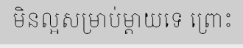
មិនល្អសម្រាប់ម្តាយទេ ព្រោះ